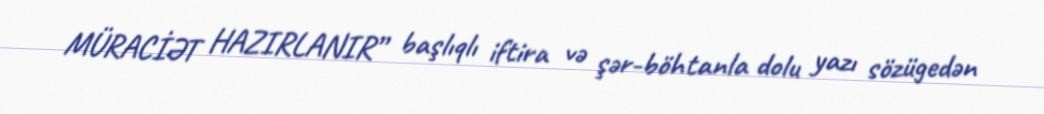
MÜRACİƏT HAZIRLANIR” başlıqlı iftira və şər-böhtanla dolu yazı sözügedən